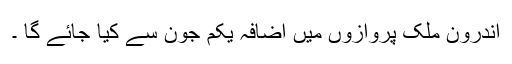
اندرون ملک پروازوں میں اضافہ یکم جون سے کیا جائے گا ۔